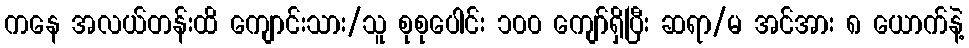
ကနေ အလယ်တန်းထိ ကျောင်းသား/သူ စုစုပေါင်း ၁၀၀ ကျော်ရှိပြီး ဆရာ/မ အင်အား ၈ ယောက်နဲ့